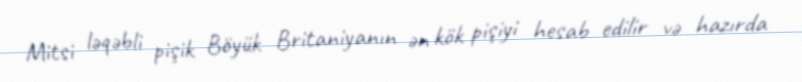
Mitsi ləqəbli pişik Böyük Britaniyanın ən kök pişiyi hesab edilir və hazırda